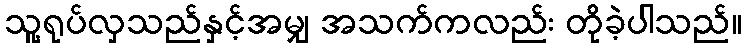
သူ့ရုပ်လှသည်နှင့်အမျှ အသက်ကလည်း တိုခဲ့ပါသည်။